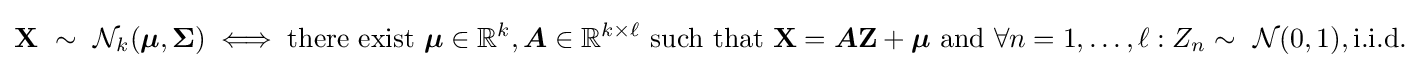
\mathbf {X} \ \sim \ {\mathcal {N}}_{k}({\boldsymbol {\mu }},{\boldsymbol {\Sigma }})\iff {\text{there exist }}{\boldsymbol {\mu }}\in \mathbb {R} ^{k},{\boldsymbol {A}}\in \mathbb {R} ^{k\times \ell }{\text{ such that }}\mathbf {X} ={\boldsymbol {A}}\mathbf {Z} +{\boldsymbol {\mu }}{\text{ and }}\forall n=1,\ldots ,\ell :Z_{n}\sim \ {\mathcal {N}}(0,1),{\text{i.i.d.}}